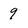
Character: 9